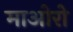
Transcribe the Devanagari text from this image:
माओरो